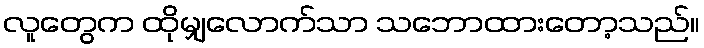
လူတွေက ထိုမျှလောက်သာ သဘောထားတော့သည်။